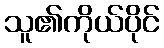
သူ၏ကိုယ်ပိုင်